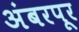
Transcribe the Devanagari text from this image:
अंबरपूर